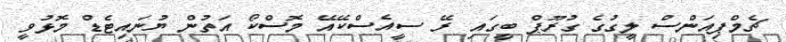
ޗެމްޕިއަންސް ލީގުގެ ގުރޫޕް ބީގައި ރޭ ސީއެސްކޭއޭ މޮސްކޯ އަތުން ޔުނައިޓެޑް މޮޅުވީ